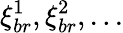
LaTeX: \xi_{br}^{1},\xi_{br}^{2},...